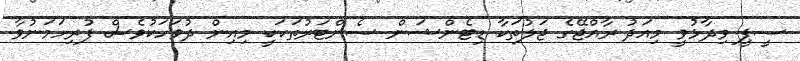
ސީޕީ ވިދާޅުވީ މިއަދު ރާއްޖޭގެ ޖަލުތަކާ ޑިޓެންޝަން ސެންޓަރުތަކަކީ މިއިން ދުވަހަކުވެސް ފުރިހަމަނުވާ